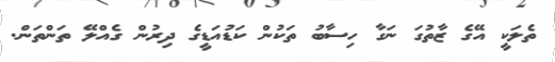
ތެލަކީ އޭގެ ޒާތުގަ ނަގާ ހިސާބު ތަކުން ކަޑުއަޑީގެ ދިރުން ގެއްލޭ ތަންތަން.